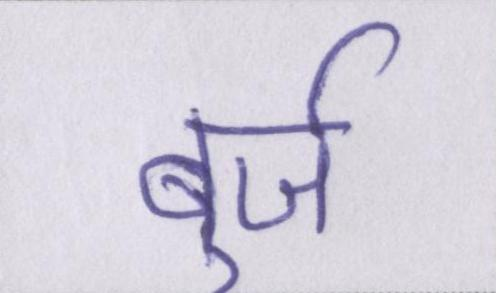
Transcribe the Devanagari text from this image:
बुर्ज